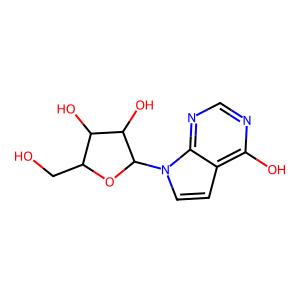
SMILES: OCC1OC(n2ccc3c(O)ncnc32)C(O)C1O
Inhibits HIV replication: No